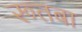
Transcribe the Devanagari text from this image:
रूतबा